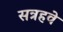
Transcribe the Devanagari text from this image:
सत्रहवे